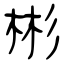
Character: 彬